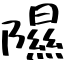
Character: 隰